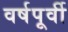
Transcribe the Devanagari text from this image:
वर्षपूर्वी